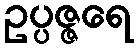
ဥပ္ပဇ္ဇရေ